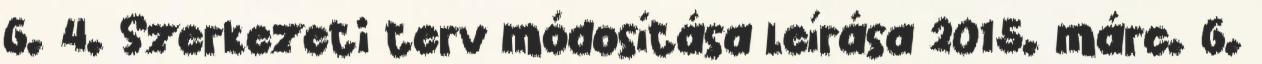
6. 4. Szerkezeti terv módosítása leírása 2015. márc. 6.